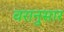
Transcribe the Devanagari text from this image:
वरानुसार